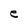
Character: e